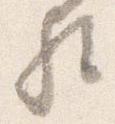
歟